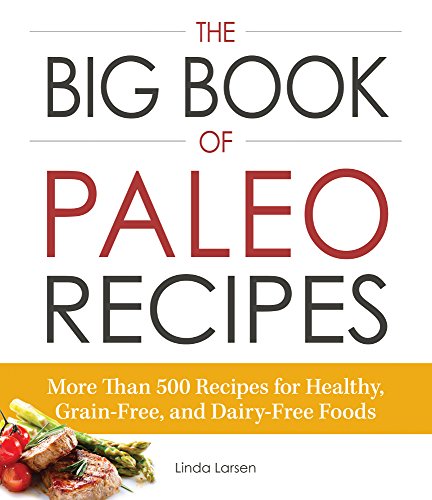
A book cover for The Big Book of Paleo Recipes: More Than 500 Recipes for Healthy, Grain-Free, and Dairy-Free Foods; Linda Larsen; Cookbooks, Food & Wine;